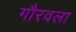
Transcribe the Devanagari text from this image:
गौरवला